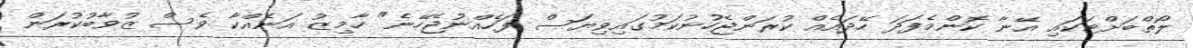
ލޯތްބަށްޓަކައި އޭނާ ކޮންމެފަދަ ހޭދައެއް ކުރަންޖެހުނުކަމުގައިވިޔަސް ފަހެއްނުޖެހޭނެ" ހާމިޒު އަނެއްކާ ވެސް ޒުވާބުކުރަން